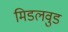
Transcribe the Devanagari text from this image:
मिडलवुड